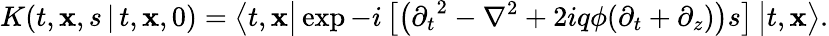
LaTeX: K(t,{\mathbf x},s\, \vert\, t,{\mathbf x},0)=\big\langle t,{\mathbf x}\big\vert\exp-i\left[\left({\partial_{t}}^{2}-{\nabla}^{2}+2iq\phi(\partial_{t}+\partial_{z})\right)s\right]\, \big\vert t,{\mathbf x}\big\rangle.